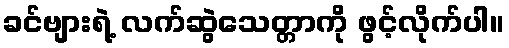
ခင်ဗျားရဲ့ လက်ဆွဲသေတ္တာကို ဖွင့်လိုက်ပါ။